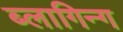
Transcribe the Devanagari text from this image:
ब्लागिन्ग